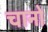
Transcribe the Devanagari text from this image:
चानो